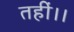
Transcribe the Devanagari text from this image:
तहीं।।